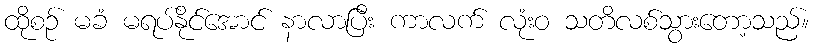
ထိုစဉ် မခံ မရပ်နိုင်အောင် နာလာပြီး ကာလက် လုံးဝ သတိလစ်သွားတော့သည်။